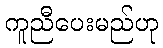
ကူညီပေးမည်ဟု